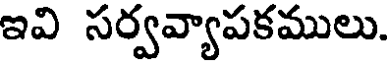
ఇవి సర్వవ్యాపకములు.